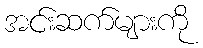
အင်းဆက်များကို